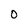
Character: 0